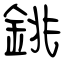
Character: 銚